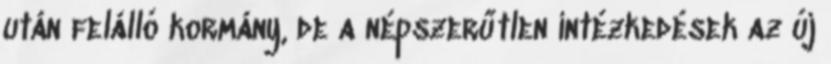
után felálló kormány, de a népszerűtlen intézkedések az új